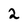
Character: 2